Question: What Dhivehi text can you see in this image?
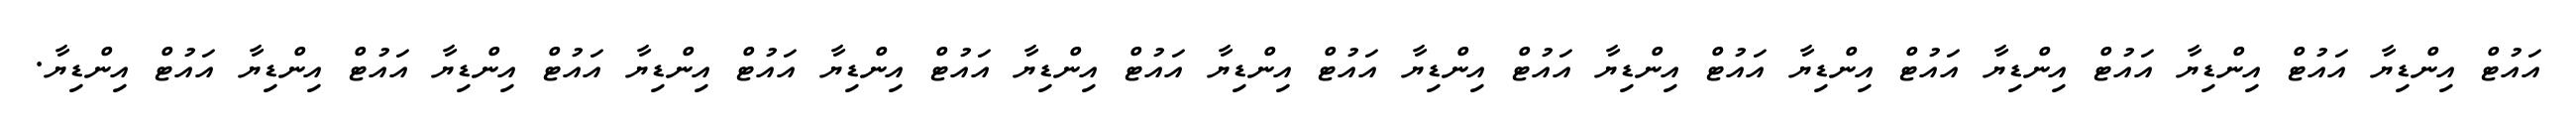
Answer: އައުޓް އިންޑިޔާ އައުޓް އިންޑިޔާ އައުޓް އިންޑިޔާ އައުޓް އިންޑިޔާ އައުޓް އިންޑިޔާ އައުޓް އިންޑިޔާ އައުޓް އިންޑިޔާ އައުޓް އިންޑިޔާ އައުޓް އިންޑިޔާ އައުޓް އިންޑިޔާ އައުޓް އިންޑިޔާ އައުޓް އިންޑިޔާ އައުޓް އިންޑިޔާ.